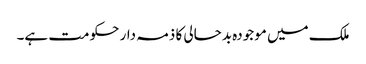
ملک میں موجودہ بدحالی کا ذمہ دار حکومت ہے۔